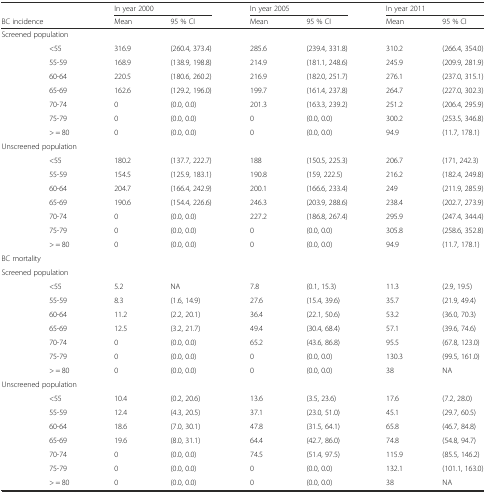
<table><thead><tr><td>[EMPTY_CELL]</td><td>[EMPTY_CELL]</td><td colspan="2"><b>In year 2000</b></td><td colspan="2"><b>In year 2005</b></td><td colspan="2"><b>In year 2011</b></td></tr><tr><td colspan="2"><b>BC incidence</b></td><td><b>Mean</b></td><td><b>95 % CI</b></td><td><b>Mean</b></td><td><b>95 % CI</b></td><td><b>Mean</b></td><td><b>95 % CI</b></td></tr></thead><tbody><tr><td colspan="8">Screened population</td></tr><tr><td>[EMPTY_CELL]</td><td>&lt;55</td><td>316.9</td><td>(260.4, 373.4)</td><td>285.6</td><td>(239.4, 331.8)</td><td>310.2</td><td>(266.4, 354.0)</td></tr><tr><td>[EMPTY_CELL]</td><td>55-59</td><td>168.9</td><td>(138.9, 198.8)</td><td>214.9</td><td>(181.1, 248.6)</td><td>245.9</td><td>(209.9, 281.9)</td></tr><tr><td>[EMPTY_CELL]</td><td>60-64</td><td>220.5</td><td>(180.6, 260.2)</td><td>216.9</td><td>(182.0, 251.7)</td><td>276.1</td><td>(237.0, 315.1)</td></tr><tr><td>[EMPTY_CELL]</td><td>65-69</td><td>162.6</td><td>(129.2, 196.0)</td><td>199.7</td><td>(161.4, 237.8)</td><td>264.7</td><td>(227.0, 302.3)</td></tr><tr><td>[EMPTY_CELL]</td><td>70-74</td><td>0</td><td>(0.0, 0.0)</td><td>201.3</td><td>(163.3, 239.2)</td><td>251.2</td><td>(206.4, 295.9)</td></tr><tr><td>[EMPTY_CELL]</td><td>75-79</td><td>0</td><td>(0.0, 0.0)</td><td>0</td><td>(0.0, 0.0)</td><td>300.2</td><td>(253.5, 346.8)</td></tr><tr><td>[EMPTY_CELL]</td><td>&gt; = 80</td><td>0</td><td>(0.0, 0.0)</td><td>0</td><td>(0.0, 0.0)</td><td>94.9</td><td>(11.7, 178.1)</td></tr><tr><td colspan="8">Unscreened population</td></tr><tr><td>[EMPTY_CELL]</td><td>&lt;55</td><td>180.2</td><td>(137.7, 222.7)</td><td>188</td><td>(150.5, 225.3)</td><td>206.7</td><td>(171, 242.3)</td></tr><tr><td>[EMPTY_CELL]</td><td>55-59</td><td>154.5</td><td>(125.9, 183.1)</td><td>190.8</td><td>(159, 222.5)</td><td>216.2</td><td>(182.4, 249.8)</td></tr><tr><td>[EMPTY_CELL]</td><td>60-64</td><td>204.7</td><td>(166.4, 242.9)</td><td>200.1</td><td>(166.6, 233.4)</td><td>249</td><td>(211.9, 285.9)</td></tr><tr><td>[EMPTY_CELL]</td><td>65-69</td><td>190.6</td><td>(154.4, 226.6)</td><td>246.3</td><td>(203.9, 288.6)</td><td>238.4</td><td>(202.7, 273.9)</td></tr><tr><td>[EMPTY_CELL]</td><td>70-74</td><td>0</td><td>(0.0, 0.0)</td><td>227.2</td><td>(186.8, 267.4)</td><td>295.9</td><td>(247.4, 344.4)</td></tr><tr><td>[EMPTY_CELL]</td><td>75-79</td><td>0</td><td>(0.0, 0.0)</td><td>0</td><td>(0.0, 0.0)</td><td>305.8</td><td>(258.6, 352.8)</td></tr><tr><td>[EMPTY_CELL]</td><td>&gt; = 80</td><td>0</td><td>(0.0, 0.0)</td><td>0</td><td>(0.0, 0.0)</td><td>94.9</td><td>(11.7, 178.1)</td></tr><tr><td colspan="8">BC mortality</td></tr><tr><td colspan="8">Screened population</td></tr><tr><td>[EMPTY_CELL]</td><td>&lt;55</td><td>5.2</td><td>NA</td><td>7.8</td><td>(0.1, 15.3)</td><td>11.3</td><td>(2.9, 19.5)</td></tr><tr><td>[EMPTY_CELL]</td><td>55-59</td><td>8.3</td><td>(1.6, 14.9)</td><td>27.6</td><td>(15.4, 39.6)</td><td>35.7</td><td>(21.9, 49.4)</td></tr><tr><td>[EMPTY_CELL]</td><td>60-64</td><td>11.2</td><td>(2.2, 20.1)</td><td>36.4</td><td>(22.1, 50.6)</td><td>53.2</td><td>(36.0, 70.3)</td></tr><tr><td>[EMPTY_CELL]</td><td>65-69</td><td>12.5</td><td>(3.2, 21.7)</td><td>49.4</td><td>(30.4, 68.4)</td><td>57.1</td><td>(39.6, 74.6)</td></tr><tr><td>[EMPTY_CELL]</td><td>70-74</td><td>0</td><td>(0.0, 0.0)</td><td>65.2</td><td>(43.6, 86.8)</td><td>95.5</td><td>(67.8, 123.0)</td></tr><tr><td>[EMPTY_CELL]</td><td>75-79</td><td>0</td><td>(0.0, 0.0)</td><td>0</td><td>(0.0, 0.0)</td><td>130.3</td><td>(99.5, 161.0)</td></tr><tr><td>[EMPTY_CELL]</td><td>&gt; = 80</td><td>0</td><td>(0.0, 0.0)</td><td>0</td><td>(0.0, 0.0)</td><td>38</td><td>NA</td></tr><tr><td colspan="8">Unscreened population</td></tr><tr><td>[EMPTY_CELL]</td><td>&lt;55</td><td>10.4</td><td>(0.2, 20.6)</td><td>13.6</td><td>(3.5, 23.6)</td><td>17.6</td><td>(7.2, 28.0)</td></tr><tr><td>[EMPTY_CELL]</td><td>55-59</td><td>12.4</td><td>(4.3, 20.5)</td><td>37.1</td><td>(23.0, 51.0)</td><td>45.1</td><td>(29.7, 60.5)</td></tr><tr><td>[EMPTY_CELL]</td><td>60-64</td><td>18.6</td><td>(7.0, 30.1)</td><td>47.8</td><td>(31.5, 64.1)</td><td>65.8</td><td>(46.7, 84.8)</td></tr><tr><td>[EMPTY_CELL]</td><td>65-69</td><td>19.6</td><td>(8.0, 31.1)</td><td>64.4</td><td>(42.7, 86.0)</td><td>74.8</td><td>(54.8, 94.7)</td></tr><tr><td>[EMPTY_CELL]</td><td>70-74</td><td>0</td><td>(0.0, 0.0)</td><td>74.5</td><td>(51.4, 97.5)</td><td>115.9</td><td>(85.5, 146.2)</td></tr><tr><td>[EMPTY_CELL]</td><td>75-79</td><td>0</td><td>(0.0, 0.0)</td><td>0</td><td>(0.0, 0.0)</td><td>132.1</td><td>(101.1, 163.0)</td></tr><tr><td>[EMPTY_CELL]</td><td>&gt; = 80</td><td>0</td><td>(0.0, 0.0)</td><td>0</td><td>(0.0, 0.0)</td><td>38</td><td>NA</td></tr></tbody></table>